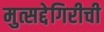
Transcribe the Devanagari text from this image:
मुत्सद्देगिरीची